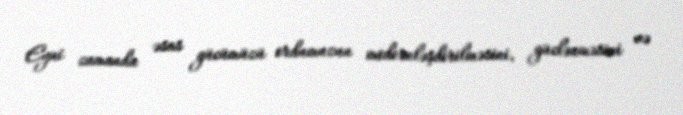
Eyni zamanda əsas gücümüzü ordumuzun modernləşdirilməsini, güclənməsini və